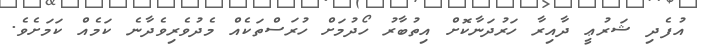
އުފެދި ޝަރުޢީ ދާއިރާ ހަރުދަނާކޮށް އިތުބާރު ހޯދުމަށް ހުރަސްތަކެއް މެދުވެރިވެދާނެ ކަމެއް ކަމަށެވެ.